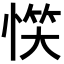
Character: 𢝹